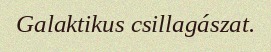
Galaktikus csillagászat.